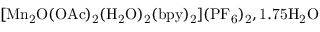
\mathrm { \small { [ M n _ { 2 } O ( O A c ) _ { 2 } ( H _ { 2 } O ) _ { 2 } ( b p y ) _ { 2 } ] ( P F _ { 6 } ) _ { 2 } } , 1 . 7 5 H _ { 2 } O }